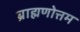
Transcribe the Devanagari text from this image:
ब्राह्मणोत्तम